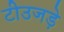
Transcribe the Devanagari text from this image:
टीउजड़े